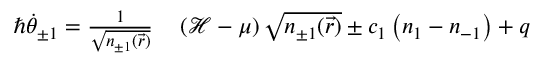
\begin{array} { r l } { \hbar \dot { \theta } _ { \pm 1 } = \frac { 1 } { \sqrt { n _ { \pm 1 } ( \vec { r } ) } } } & { { } \left( \mathcal { H } - \mu \right) \sqrt { n _ { \pm 1 } ( \vec { r } ) } \pm c _ { 1 } \left( n _ { 1 } - n _ { - 1 } \right) + q } \end{array}